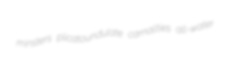
minsters plicatoundulate carnalities all-water